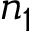
n _ { 1 }